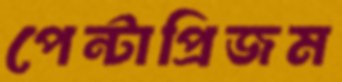
পেন্টাপ্রিজম